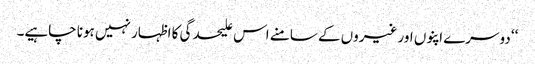
‘‘ دوسرے اپنوں اور غیروں کے سامنے اس علیحدگی کا اظہار نہیں ہونا چاہیے۔